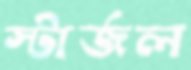
স্টার্জল